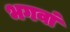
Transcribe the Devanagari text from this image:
भगवां